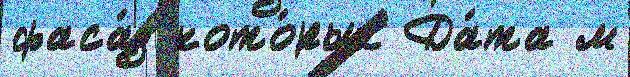
фаса́д кото́рых Да́та м